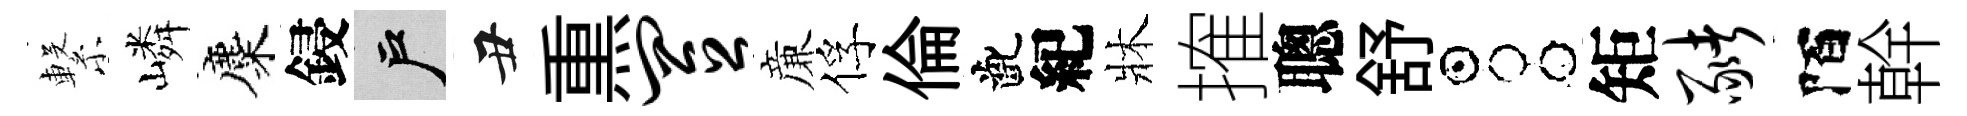
繋嶙麋鋟户丑𤋱置亷俘倫齔紀牀搉聰舒占矩猪陌幹